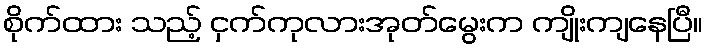
စိုက်ထား သည့် ငှက်ကုလားအုတ်မွေးက ကျိုးကျနေပြီ။